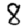
Digit: 8